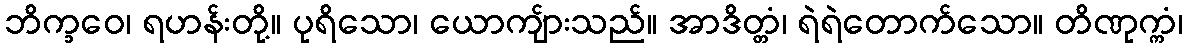
ဘိက္ခဝေ၊ ရဟန်းတို့။ ပုရိသော၊ ယောကျ်ားသည်။ အာဒိတ္တံ၊ ရဲရဲတောက်သော။ တိဏုက္ကံ၊